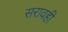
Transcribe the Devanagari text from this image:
सरावही